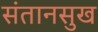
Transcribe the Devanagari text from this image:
संतानसुख